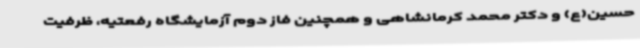
حسین(ع) و دکتر محمد کرمانشاهی و همچنین فاز دوم آزمایشگاه رفعتیه، ظرفیت